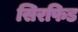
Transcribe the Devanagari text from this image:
सिरफिड